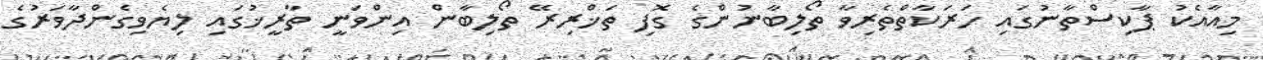
މިއާއެކު ޕާކިސްތާނުގައި ހަރަކާތްތެރިވާ ތޯލިބާނުންގެ ގޮފި ތަޚްރިރޭ ތޯލިބާން އިންވަނީ ތާރީޚުގައި ލިޔެވިގެންދާވަރުގެ